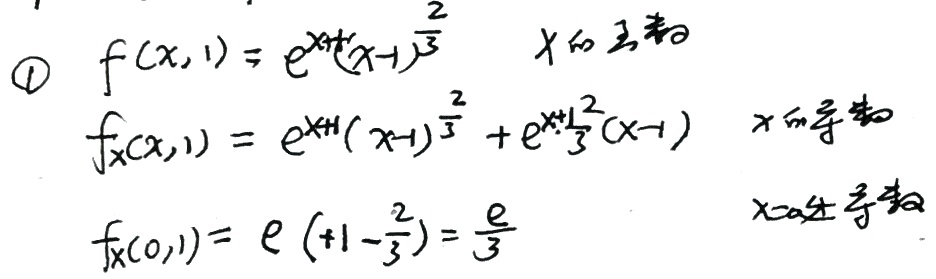
\textcircled{1} \(f(x,1)=e^{x + 1}(x - 1)^{\frac{2}{3}}\)（\(x\)的函数）

\(f_x(x,1)=e^{x + 1}(x - 1)^{\frac{2}{3}}+e^{x + 1}\frac{2}{3}(x - 1)^{-\frac{1}{3}}\)（\(x\)的导数）

\(f_x(0,1)=e\left(1-\frac{2}{3}\right)=\frac{e}{3}\)（\(x = 0\)处导数）